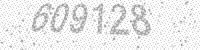
Solution: 609128